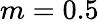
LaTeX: m=0.5